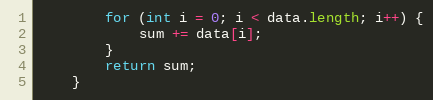
Language: Java
        for (int i = 0; i < data.length; i++) {
            sum += data[i];
        }
        return sum;
    }